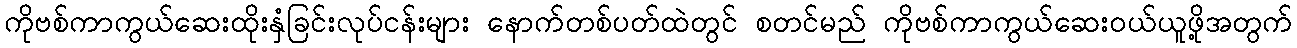
ကိုဗစ်ကာကွယ်ဆေးထိုးနှံခြင်းလုပ်ငန်းများ နောက်တစ်ပတ်ထဲတွင် စတင်မည် ကိုဗစ်ကာကွယ်ဆေးဝယ်ယူဖို့အတွက်